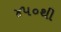
૪૫૦થી